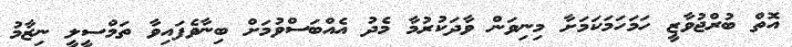
އޮތް ބުރްޖުވާޒީ ހަމަހަމަކަމަށާ މިނިވަން ވާދަކުރުމާ މެދު އެއްބަސްވުމަށް ބިނާވެފައިވާ ތަމްސީލީ ނިޒާމު